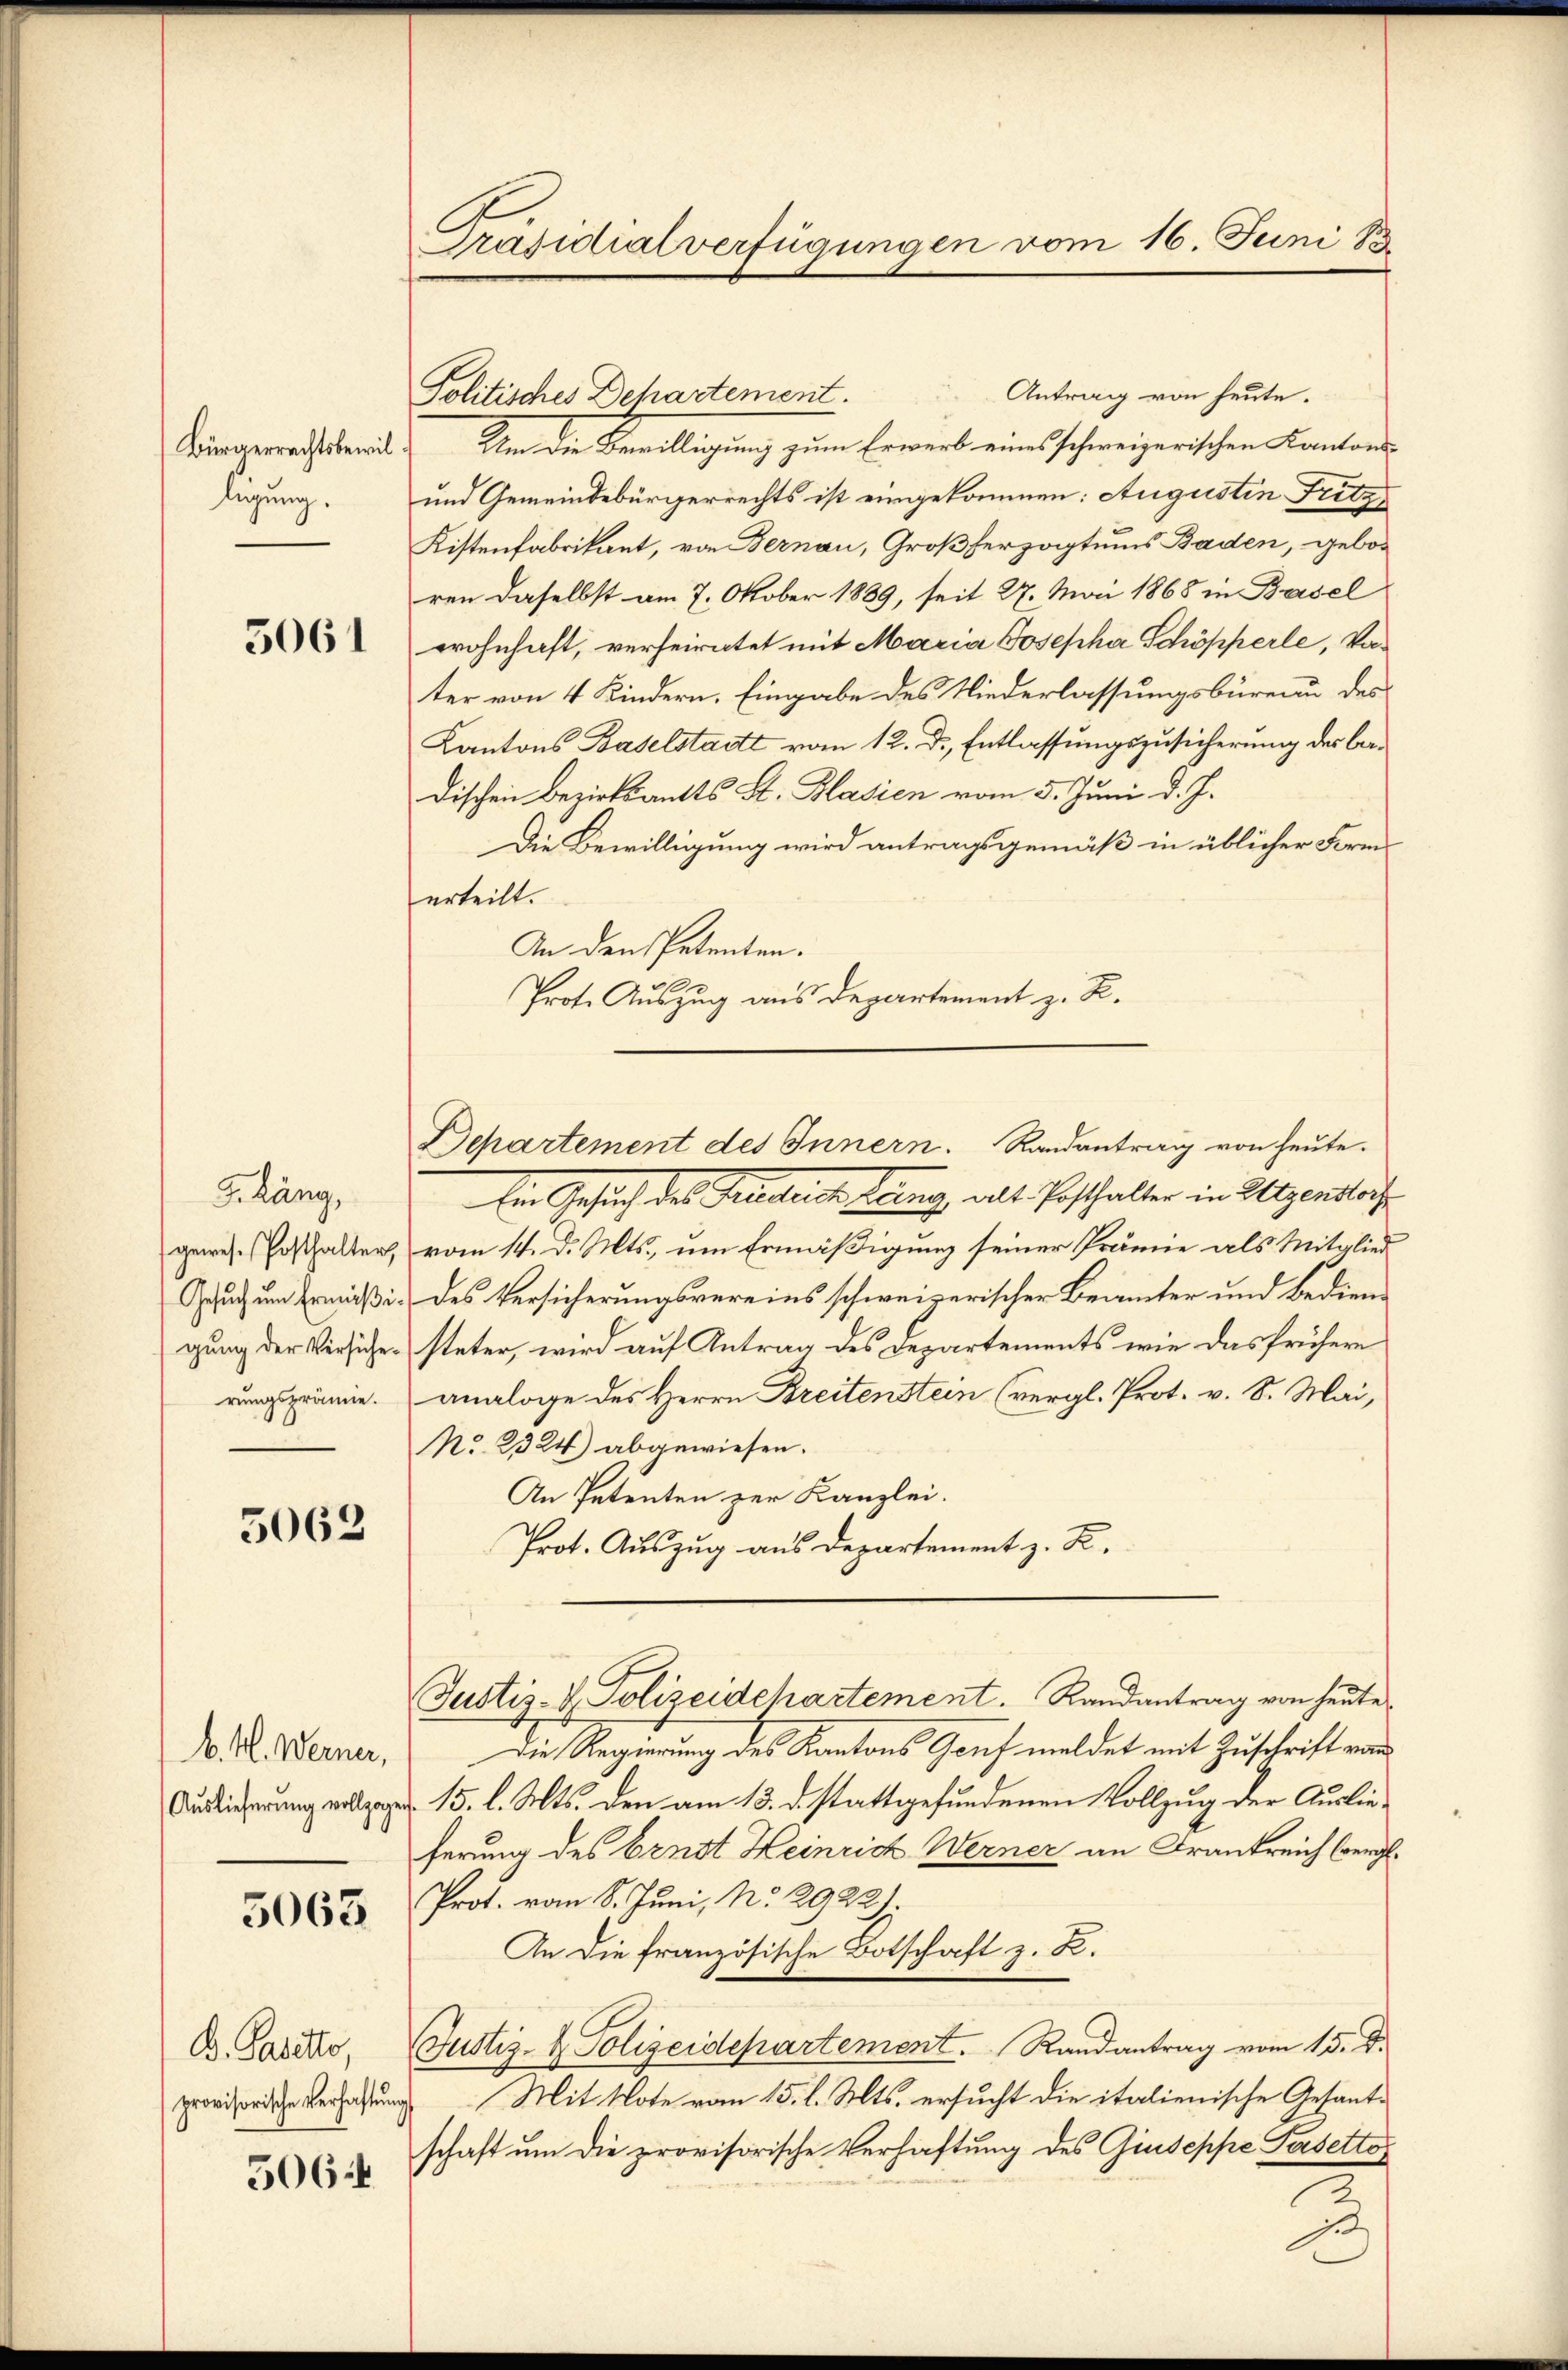
Bürgerrechtsbewil
legung.

5061

G. Läng,
gewese Posthalter,
rungsprämie.

5062

b. H. Werner,

5063

B. Paritto,
provisorische Verhaftun
506 f

Ein Gesuch des Gradeise trang, als Posthalten in Utzendorf
vom 14. d. Mts., um Ermäßigung seiner Prämie als Mitglied
Gesuch um Ermäßig des Versicherungsvereins schweizerischer Beamter und Bediene
gung der Versiche steter, wird auf Antrag des Departements wie das frühere
analoge des Herrn Breitenstein (vergl. Prot. v. 8. Mai,
No. 2324) abgewiesen.
An Petenten zur Kanzlei.
Prot. Auszug aus Departement z. Z.

Präsidialverfügungen vom 16. Juni 8

Politisches Dehartement.

Antrag von heute.
Um die Breilligung zum Erwerb eines schweizerischen Kantons
und Gemeindebürgerrechts ist eingekommen: Augustin Fritz
Kistenfabrikant, von Bernau, Großherzogtums Baden, geboren daselbst am 7. Oktober 1889, seit 27. Mai 1868 in Basel
wohnhaft, verheiratet mit Maria Josepha Schöpperle, Vater von 4 Kindern. Eingabe des Niederlassungsbüreau des
Kantons Baselstadt vom 12. d. Entlassungszusicherung des bedischen Bezirksamts St. Blasien vom 5. Juni d. J.
Die Bewilligung wird antragsgemäß in üblicher Form
erteilt.
An den Petenten.
Prote Auszug aus Departement z. R.

Departement des Innern. Randantrag von heute.

Die Regierung des Kantons Genf meldet mit Zuschrift von
Auslieferung vel pag. 15. l. Mts. den am 13. d. stattgefundenen Vollzug der Auslieferung des Ernst Heinrich Werner an Frankreich Vergl.
Prot. vom 8. Juni, No. 2922
An die französische Botschaft z. B.
Justiz- & Polizeidepartement. Randantrag vom 15. d.
Mit Note vom 15. l. Mts. ersucht die italienische Gesant-
schaft um die provisorische Verhaftung des Giuseppe Pasetto
t

Justiz- & Polizeidchartement. Randantrag von heute